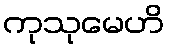
ကုသုမေဟိ